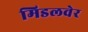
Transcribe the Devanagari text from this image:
मिडलवेर